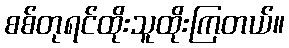
စစ်တုရင်ထိုးသူထိုးကြတယ်။